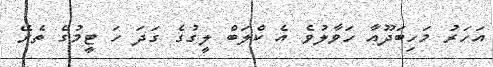
އަހަރު މަހިބަދޫއާ ހަވާލުވެ އެ ކްލަބް ލީގުގެ ގަދަ ހަ ޓީމުގެ ތެރޭ